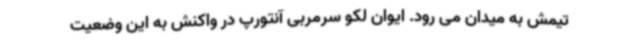
تیمش به میدان می رود. ایوان لکو سرمربی آنتورپ در واکنش به این وضعیت